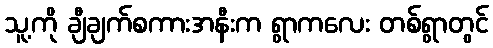
သူ့ကို ချီချက်စကားအနီးက ရွာကလေး တစ်ရွာတွင်